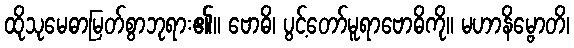
ထိုသုမေဓာမြတ်စွာဘုရား၏။ ဗောဓိ၊ ပွင့်တော်မူရာဗောဓိကို။ မဟာနိမ္ဗောတိ၊